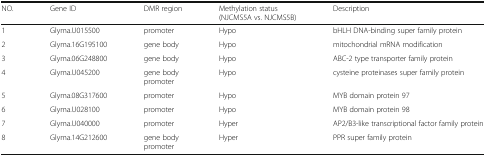
| NO. | Gene ID | DMR region | Methylation status(NJCMS5A vs. NJCMS5B) | Description |
 | --- | --- | --- | --- | --- |
 | 1 | Glyma.U015500 | promoter | Hypo | bHLH DNA-binding super family protein |
 | 2 | Glyma.16G195100 | gene body | Hypo | mitochondrial mRNA modification |
 | 3 | Glyma.06G248800 | gene body | Hypo | ABC-2 type transporter family protein |
 | 4 | Glyma.U045200 | gene bodypromoter | Hypo | cysteine proteinases super family protein |
 | 5 | Glyma.08G317600 | promoter | Hypo | MYB domain protein 97 |
 | 6 | Glyma.U028100 | promoter | Hypo | MYB domain protein 98 |
 | 7 | Glyma.U040000 | promoter | Hyper | AP2/B3-like transcriptional factor family protein |
 | 8 | Glyma.14G212600 | gene bodypromoter | Hyper | PPR super family protein |